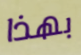
بهذا